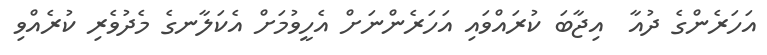
އަހަރެންގެ ދުއާ  އިޖާބަ ކުރައްވައި އަހަރެންނަށް އެހީވުމަށް އެކަލާނގެ މެދުވެރި ކުރެއްވި